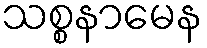
သစ္စနာမေန